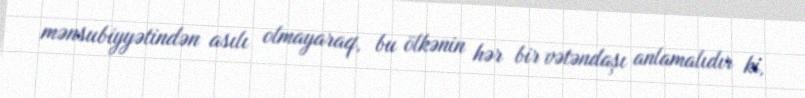
mənsubiyyətindən asılı olmayaraq, bu ölkənin hər bir vətəndaşı anlamalıdır ki,